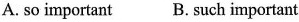
A. so important B. Such important